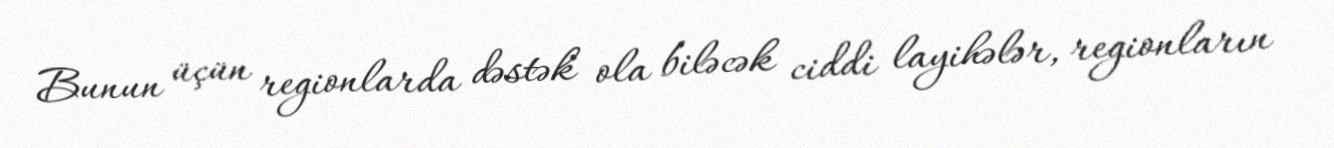
Bunun üçün regionlarda dəstək ola biləcək ciddi layihələr, regionların